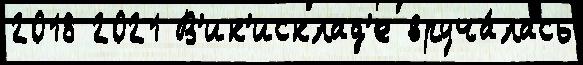
2018 2021 В'ик'исклад'е вруча́лась